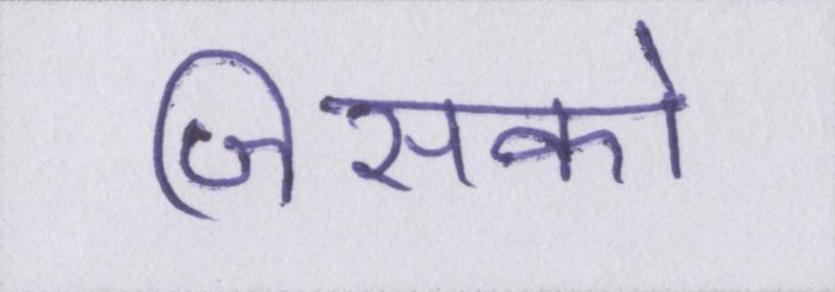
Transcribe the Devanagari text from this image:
जिसको